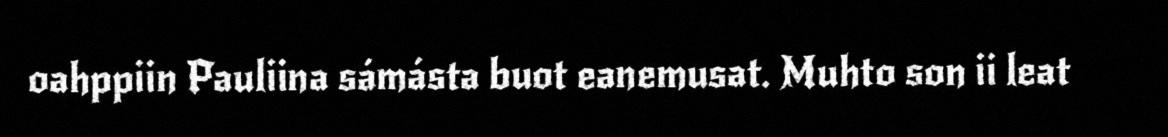
oahppiin Pauliina sámásta buot eanemusat. Muhto son ii leat